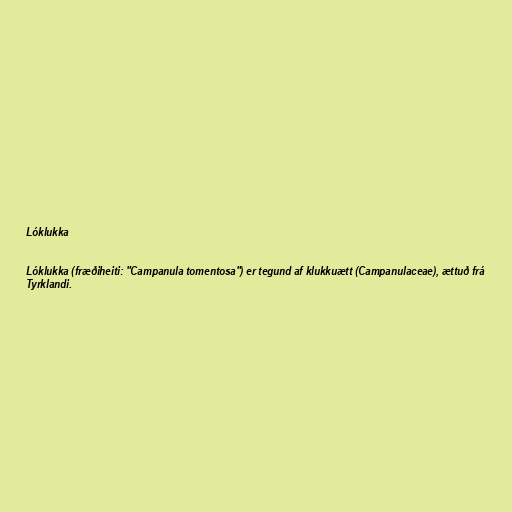
Lóklukka

Lóklukka (fræðiheiti: "Campanula tomentosa") er tegund af klukkuætt (Campanulaceae), ættuð frá
Tyrklandi.